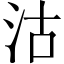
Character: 沽